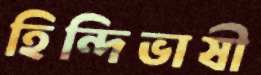
হিন্দিভাষী